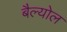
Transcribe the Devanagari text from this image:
बैल्योल